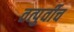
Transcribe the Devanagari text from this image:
तत्पुर्वीच